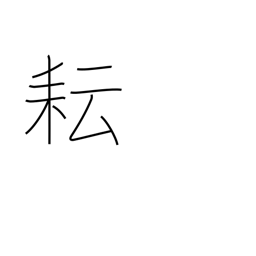
Meaning: weed